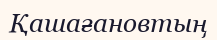
Қашағановтың